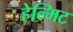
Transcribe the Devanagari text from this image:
हेल्मिट